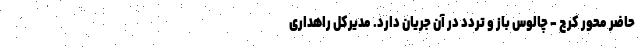
حاضر محور کرج - چالوس باز و تردد در آن جریان دارد. مدیرکل راهداری